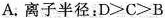
A.离子半径：$$D ≥ C ≥ B$$